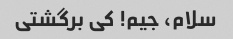
سلام، جیم! کی برگشتی